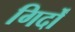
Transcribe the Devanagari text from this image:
गिर्दों